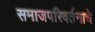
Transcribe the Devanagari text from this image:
समाजपरिवर्तनाचे